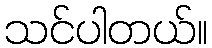
သင်ပါတယ်။